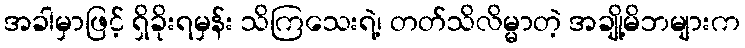
အခါမှာဖြင့် ရှိခိုးရမှန်း သိကြသေးရဲ့၊ တတ်သိလိမ္မာတဲ့ အချို့မိဘများက